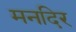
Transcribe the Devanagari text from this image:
मनदिर